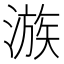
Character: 㵀